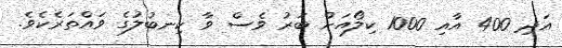
އަދި 400 އާއި 1000 ކިލޯއަށް ބަރު ވެސް ވާ ކިނބުލުގެ ވައްތަރެކެވެ.